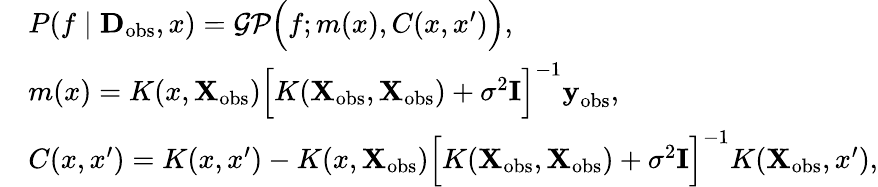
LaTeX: \begin{array}{rl}&{P(f\mid\textbf{D}_{\mathrm{obs}},x)=\mathcal{GP}\Big(f;m(x),C(x,x^{\prime})\Big),}\\ &{m(x)=K(x,\textbf{X}_{\mathrm{obs}})\Big[K(\textbf{X}_{\mathrm{obs}},\textbf{X}_{\mathrm{obs}})+\sigma^{2}\textbf{I}\Big]^{-1}\textbf{y}_{\mathrm{obs}},}\\ &{C(x,x^{\prime})=K(x,x^{\prime})-K(x,\textbf{X}_{\mathrm{obs}})\Big[K(\textbf{X}_{\mathrm{obs}},\textbf{X}_{\mathrm{obs}})+\sigma^{2}\textbf{I}\Big]^{-1}K(\textbf{X}_{\mathrm{obs}},x^{\prime}),}\end{array}